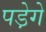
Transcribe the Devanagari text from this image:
पडे़गे